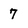
Character: 7